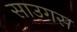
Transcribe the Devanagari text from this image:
साउगस